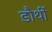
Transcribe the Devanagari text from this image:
डौर्थी